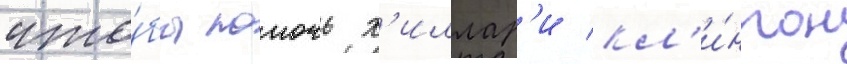
что́бы помочь х'иллар'и кл'и́нтон